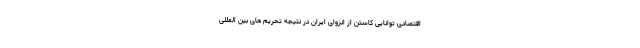
اقتصادی توانایی کاستن از انزوای ایران در نتیجه تحریم های بین المللی